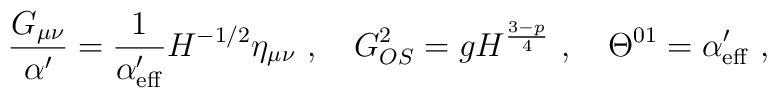
\frac{G_{\mu\nu}}{\alpha'}=\frac{1}{\alpha'_{\rm eff}}H^{-1/2}\eta_{\mu\nu}\ ,\quad G^{2}_{OS}=gH^{\frac{3-p}{4}}\ ,\quad \Theta^{01}=\alpha'_{\rm eff}\ ,